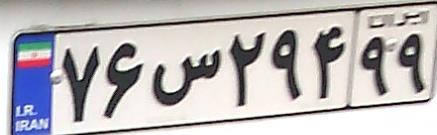
۷۶س۲۹۴۹۹